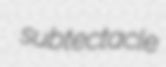
subtectacle